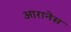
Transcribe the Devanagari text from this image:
आरानेस